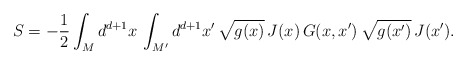
\begin{align*}S = -\frac{1}{2} \int_M d^{d+1}x \, \int_{M^\prime} d^{d+1}x^\prime\, \sqrt{g(x)} \, J(x) \, G(x,x^\prime) \, \sqrt{g(x^\prime)} \,J(x^\prime). \end{align*}